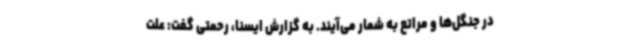
در جنگل‌ها و مراتع به شمار می‌آیند. به گزارش ایسنا، رحمتی گفت: علت